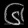
Digit: ၆